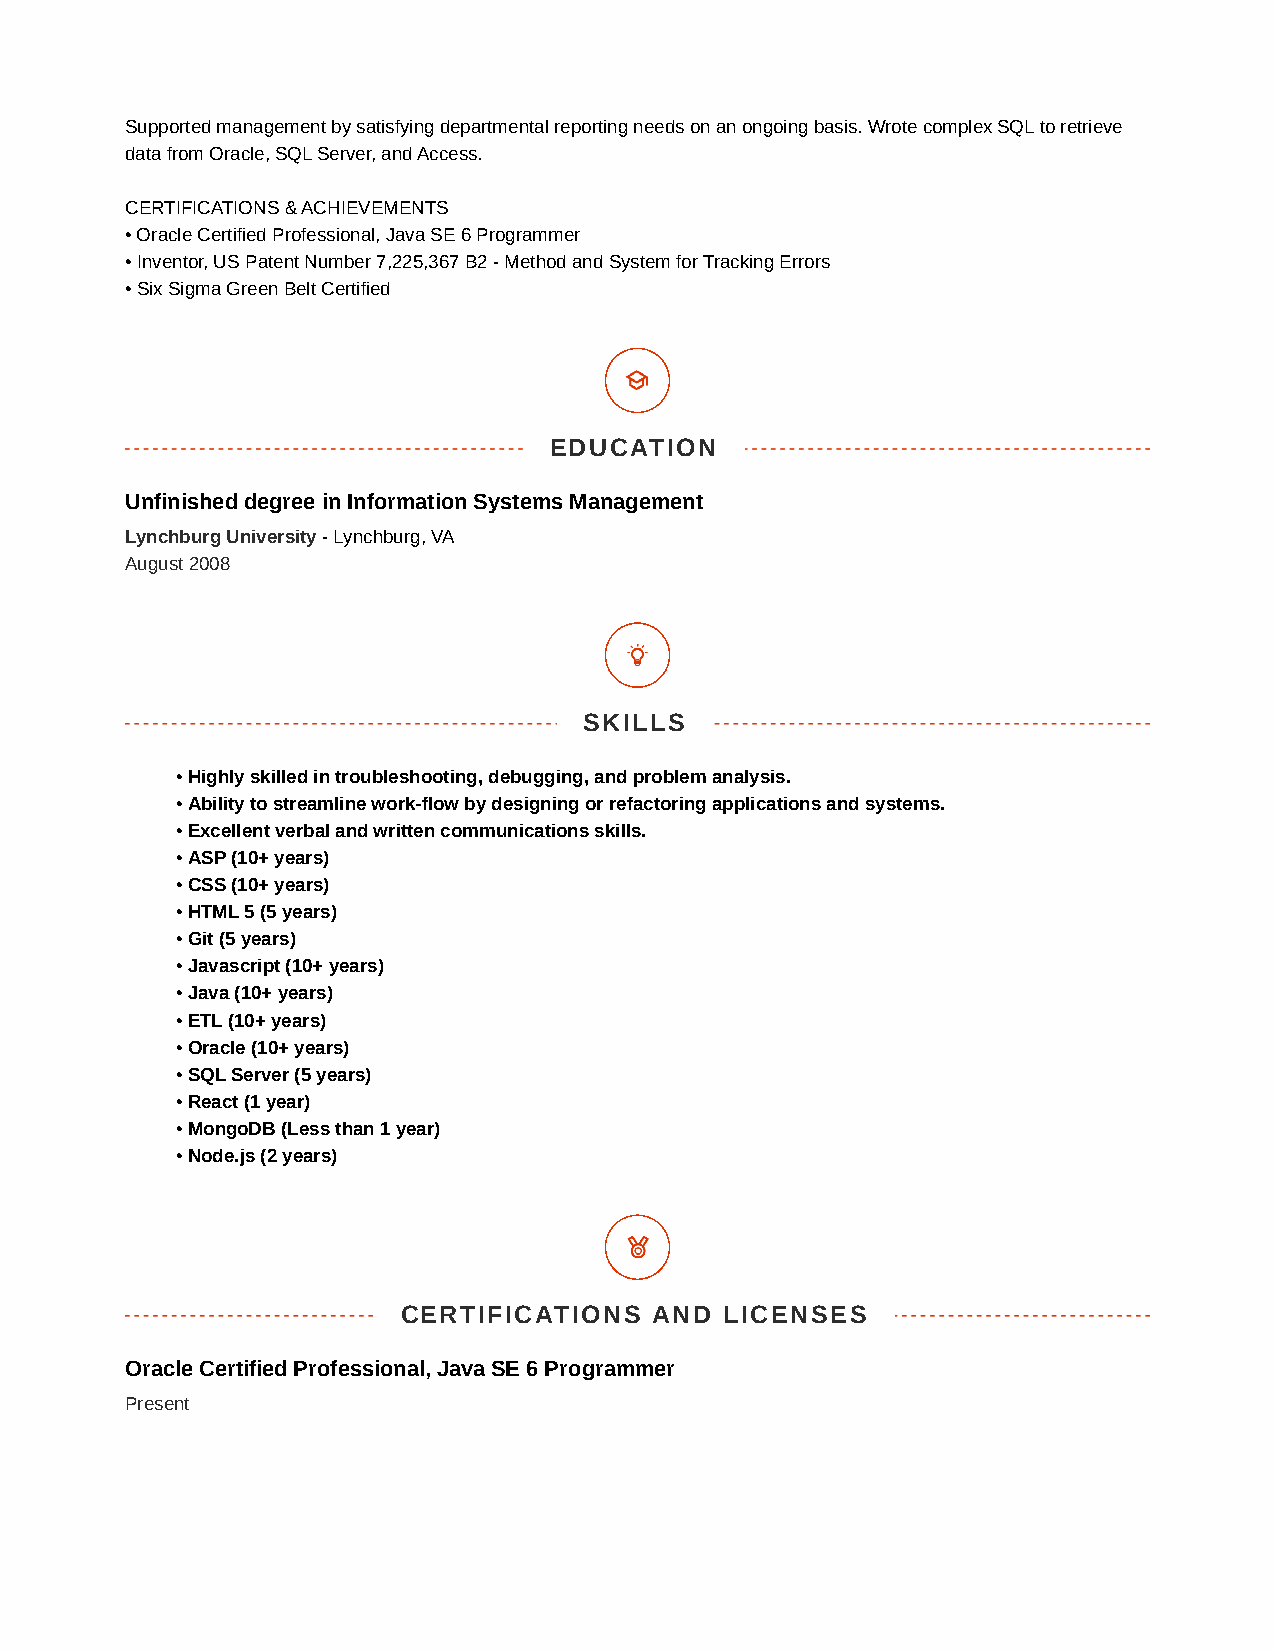
Supported management by satisfying departmental reporting needs on an ongoing basis. Wrote complex SQL to retrieve
 data from Oracle, SQL Server, and Access.
 CERTIFICATIONS & ACHIEVEMENTS
 • Oracle Certified Professional, Java SE 6 Programmer
 • Inventor, US Patent Number 7,225,367 B2 - Method and System for Tracking Errors
 • Six Sigma Green Belt Certified
 EDUCATION
 Unfinished degree in Information Systems Management
 Lynchburg University - Lynchburg, VA
 August 2008
 SKILLS
 • Highly skilled in troubleshooting, debugging, and problem analysis.
 • Ability to streamline work-flow by designing or refactoring applications and systems.
 • Excellent verbal and written communications skills.
 • ASP (10+ years)
 • CSS (10+ years)
 • HTML 5 (5 years)
 • Git (5 years)
 • Javascript (10+ years)
 • Java (10+ years)
 • ETL (10+ years)
 • Oracle (10+ years)
 • SQL Server (5 years)
 • React (1 year)
 • MongoDB (Less than 1 year)
 • Node.js (2 years)
 CERTIFICATIONS  AND  LICENSES
 Oracle Certified Professional, Java SE 6 Programmer
 Present
 PPPooowwweeerrreeeddd bbbyyy TTTCCCPPPDDDFFF (((wwwwwwwww...tttcccpppdddfff...ooorrrggg)))